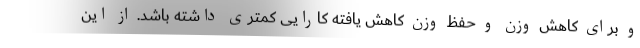
و برای کاهش وزن و حفظ وزن کاهش یافته کارایی کمتری داشته باشد. از این